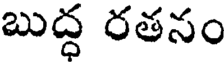
బుద్ధ రతనం